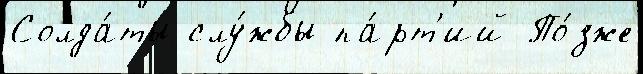
Солда́ты слу́жбы па́рт'ий По́зже